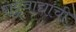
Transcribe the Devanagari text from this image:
राष्ट्रवाद्यांची